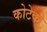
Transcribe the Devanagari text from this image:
कोटेकी